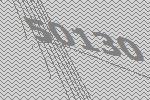
50130